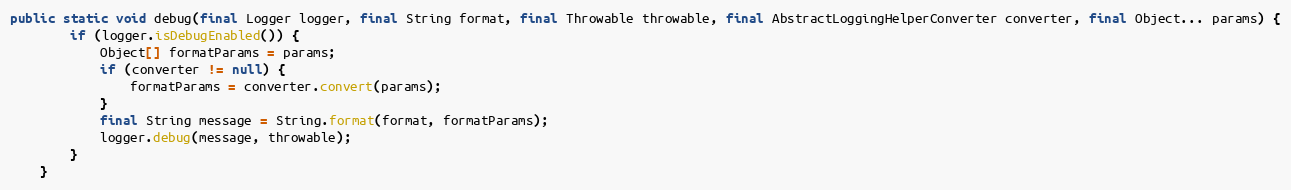
Language: Java
public static void debug(final Logger logger, final String format, final Throwable throwable, final AbstractLoggingHelperConverter converter, final Object... params) {
		if (logger.isDebugEnabled()) {
			Object[] formatParams = params;
			if (converter != null) {
				formatParams = converter.convert(params);
			}
			final String message = String.format(format, formatParams);
			logger.debug(message, throwable);
		}
	}